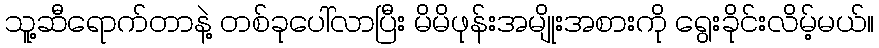
သူ့ဆီရောက်တာနဲ့ တစ်ခုပေါ်လာပြီး မိမိဖုန်းအမျိုးအစားကို ရွေးခိုင်းလိမ့်မယ်။